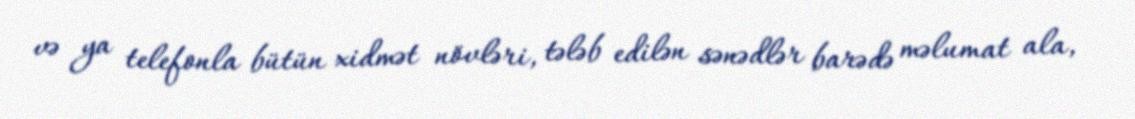
və ya telefonla bütün xidmət növləri, tələb edilən sənədlər barədə məlumat ala,